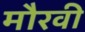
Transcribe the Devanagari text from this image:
मौरवी